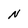
Character: N